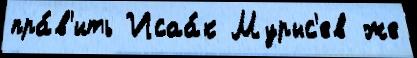
пра́в'ить Исаа́к Мурыс'ев же